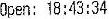
OPEN: 18:43:34